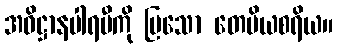
အဓိဋ္ဌာနပါရမီကို ပြသော တေမိယစရိယ။